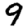
Digit: 9